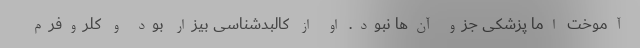
آموخت اما پزشکی جزو آن‌ها نبود. او از کالبدشناسی بیزار بود و کلروفرم